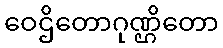
ဝေဌိတောဂုဏ္ဌိတော